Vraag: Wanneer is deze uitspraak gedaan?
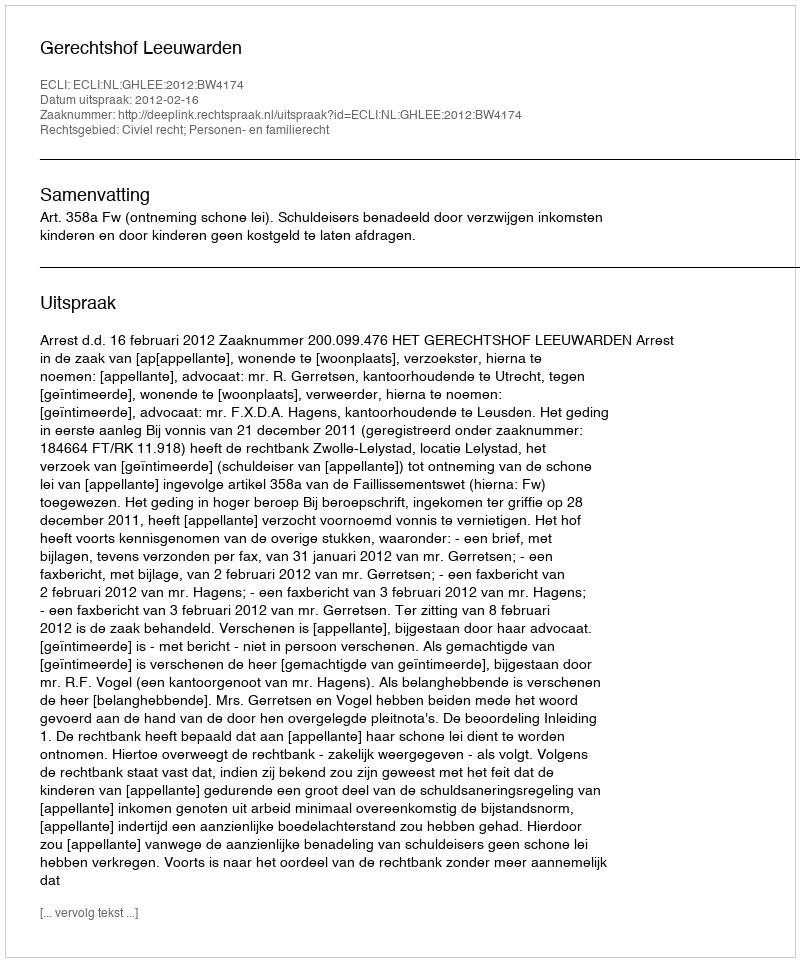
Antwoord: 2012-02-16